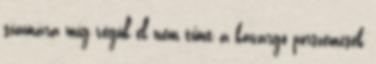
számára míg végül el nem tűnt a kavargó porszemcsék